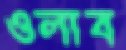
ওলাব